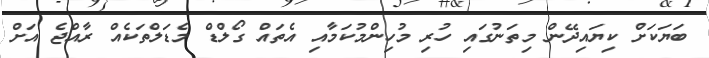
ބަޔަކަށް ކިޔައިދޭން މިތަނުގައި ހުރި މުހިންމުކަމާއި އެތައް ގޯލްޑް މެޑަލްތަކެއް ރާއްޖެ އަށް